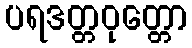
ပရဒတ္တဝုတ္တော